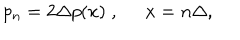
LaTeX: p _ { n } = 2 \Delta p ( x ) \; , \; \; x = n \Delta ,